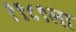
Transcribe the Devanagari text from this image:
१९८९ला